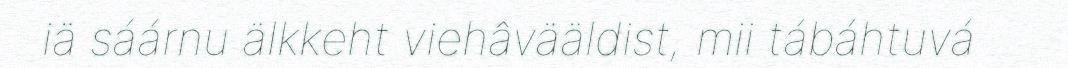
iä sáárnu älkkeht viehâvääldist, mii tábáhtuvá